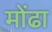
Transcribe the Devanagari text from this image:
मोंढा